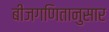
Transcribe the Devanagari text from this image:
बीजगणितानुसार